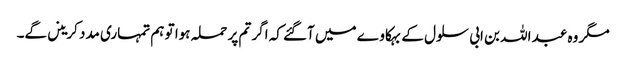
مگر وہ عبد اللہ بن ابی سلول کے بہکا وے میں آگئے کہ اگر تم پر حملہ ہوا تو ہم تمہاری مدد کرینں گے۔